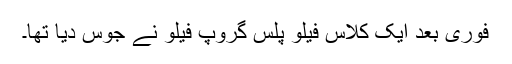
فوری بعد ایک کلاس فیلو پلس گروپ فیلو نے جوس دیا تھا۔